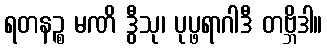
ရတနဉ္စ မဏိ ဒွီသု၊ ပုပ္ဖရာဂါဒီ တဗ္ဘိဒါ။